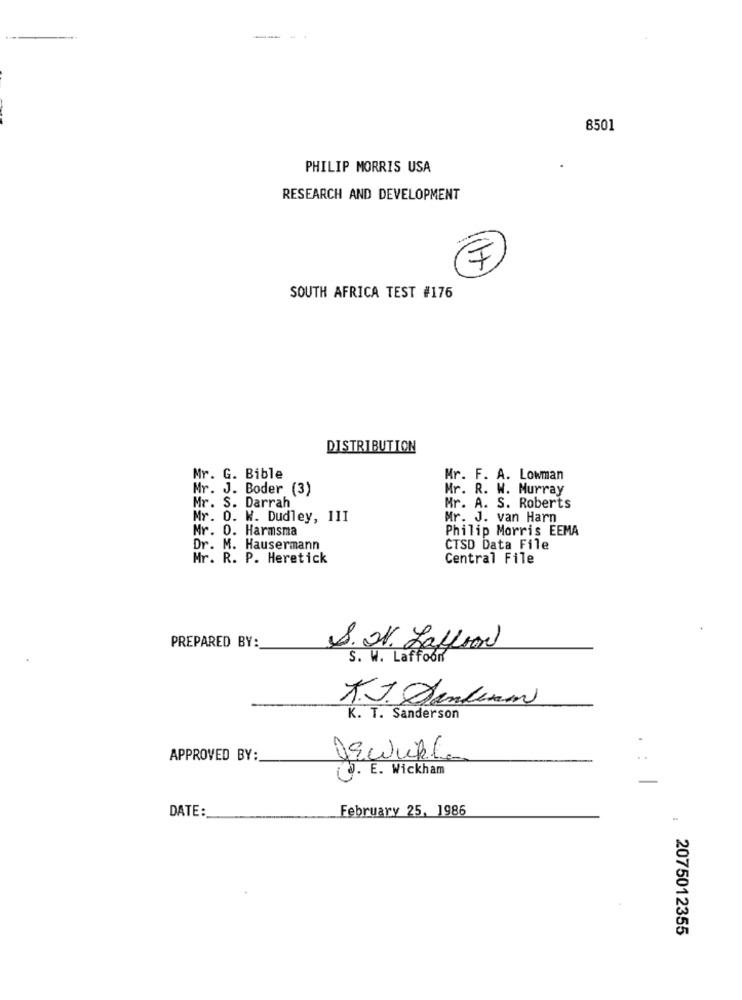
8501
PHILIP MORRIS USA
RESEARCH AND DEVELOPMENT
SOUTH AFRICA TEST #176
DISTRIBUTION
Mr. G. Bible
Mr. F. A. Lowman
Mr. J. Boder (3)
Mr. R. W. Murray
Mr. S. Darrah
Mr. A. S. Roberts
Mr. O. W. Dudley, 11I
Mr. J. van Harn
Mr. 0. Harmsma
Philip Morris EEMA
Dr. M. Hausermann
CTSD Data File
Mr. R. P. Heretick
Central File
PREPARED BY:
S. I. Laffron
S. W. Laffoon
A.J. Senkium
K. T. Sanderson
APPROVED BY:
gewußt
..
. E. Wickham
February 25, 1986
DATE:
2075012355